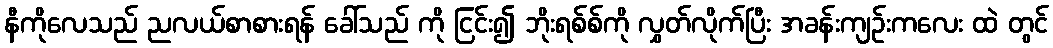
နီကိုလေသည် ညလယ်စာစားရန် ခေါ်သည် ကို ငြင်း၍ ဘိုးရစ်စ်ကို လွှတ်လိုက်ပြီး အခန်းကျဉ်းကလေး ထဲ တွင်